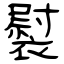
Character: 褽